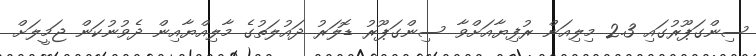
ސިންގަޕޫރުގައި 2.3 މިލިއަން ރުފިޔާއަށްވާ ސިންގަޕޫރު ޑޮލަރު ދައުލަތުގެ މާލިއްޔާއިން ދެވުނުކަން ޖަމީލަށް